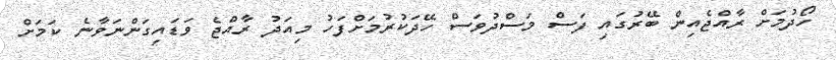
ހޯދުމަށް ރާއްޖެއިން ބޭރުގައި ފަސް މަސްދުވަސް ހޭދަކުރުމަށްފަހު މިއަދު ރާއްޖެ ވަޑައިގަންނަވާނެ ކަމަށް